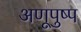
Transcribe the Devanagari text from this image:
अणूपुष्प